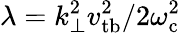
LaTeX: \lambda=k_{\perp}^{2}v_{\mathrm{tb}}^{2}/2\omega_{\mathrm{c}}^{2}